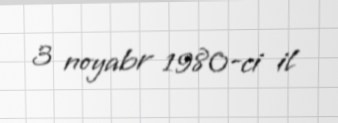
3 noyabr 1980-ci il